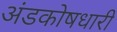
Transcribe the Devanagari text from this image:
अंडकोषधारी